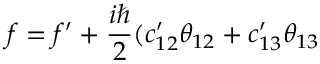
f = f ^ { \prime } + { \frac { i \hbar } { 2 } } ( c _ { 1 2 } ^ { \prime } \theta _ { 1 2 } + c _ { 1 3 } ^ { \prime } \theta _ { 1 3 }